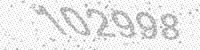
Solution: 102998